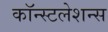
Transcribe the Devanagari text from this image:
कॉन्स्टलेशन्स